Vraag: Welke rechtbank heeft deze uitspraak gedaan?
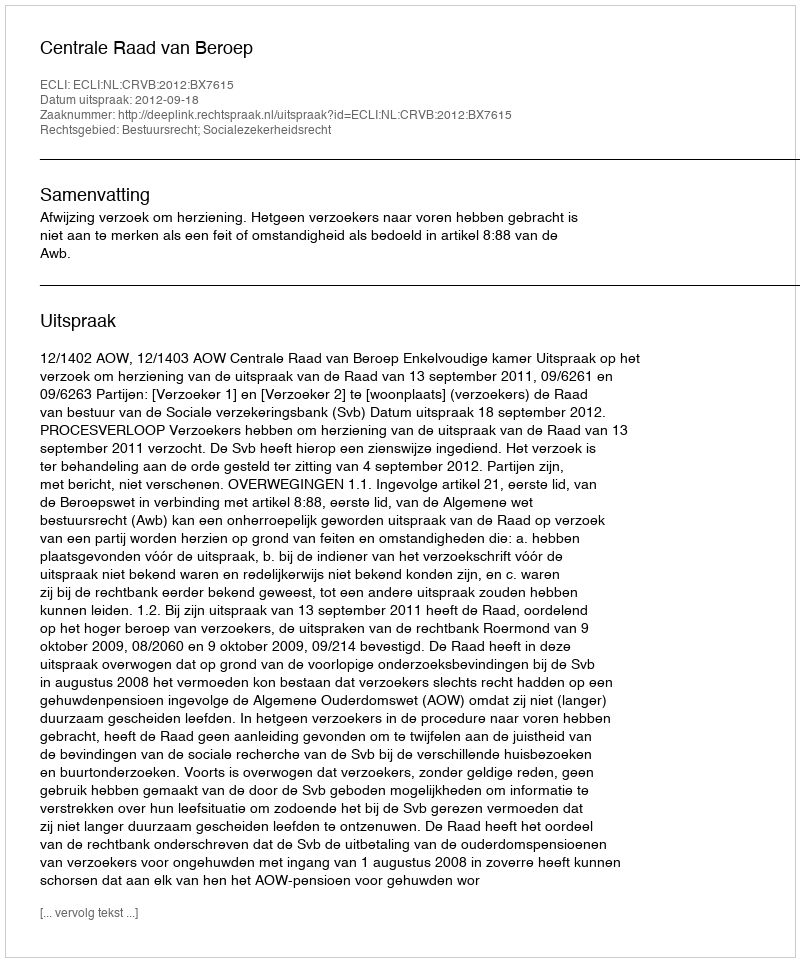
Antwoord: Centrale Raad van Beroep